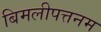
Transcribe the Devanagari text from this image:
बिमलीपत्तनम